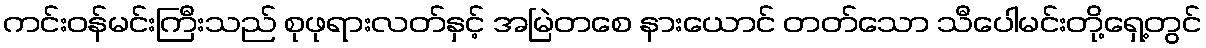
ကင်းဝန်မင်းကြီးသည် စုဖုရားလတ်နှင့် အမြဲတစေ နားယောင် တတ်သော သီပေါမင်းတို့ရှေ့တွင်